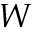
W